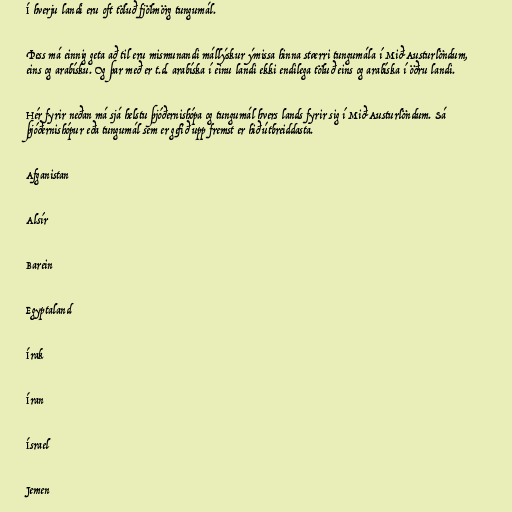
Í hverju landi eru oft töluð fjölmörg tungumál.

Þess má einnig geta að til eru mismunandi mállýskur ýmissa hinna stærri tungumála í Mið-Austurlöndum,
eins og arabísku. Og þar með er t.d. arabíska í einu landi ekki endilega töluð eins og arabíska í öðru landi.

Hér fyrir neðan má sjá helstu þjóðernishópa og tungumál hvers lands fyrir sig í Mið-Austurlöndum. Sá
þjóðernishópur eða tungumál sem er gefið upp fremst er hið útbreiddasta.

Afganistan

Alsír

Barein

Egyptaland

Írak

Íran

Ísrael

Jemen